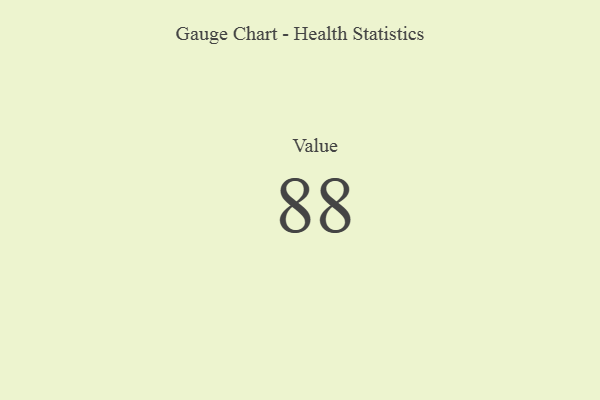
{"axis": {"x": "Metric", "y": "Value"}, "legend": [""], "data": [{"x": "Value", "y": 88, "type": ""}]}